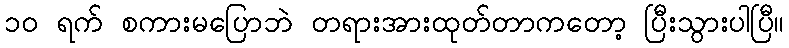
၁၀ ရက် စကားမပြောဘဲ တရားအားထုတ်တာကတော့ ပြီးသွားပါပြီ။